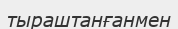
тыраштанғанмен